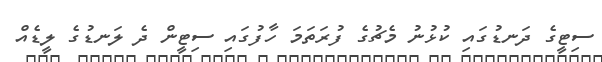
ސިޓީގެ ދަނޑުގައި ކުޅުނު މެޗުގެ ފުރަތަމަ ހާފުގައި ސިޓީން ދެ ލަނޑުގެ ލީޑެއް